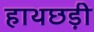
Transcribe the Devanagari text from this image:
हाथछड़ी